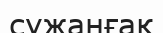
сужаңғақ